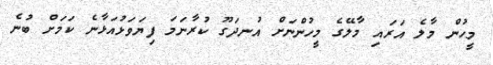
މީހުން މާލެ އަރައި މާލޭގެ މީހުންނަށް އުނދަގޫ ކުރާނަމަ ފިޔަވަޅުއަޅާނެ ކަމަށް ބުނެ